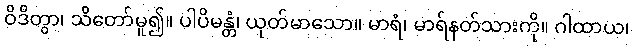
ဝိဒိတွာ၊ သိတော်မူ၍။ ပါပိမန္တံ၊ ယုတ်မာသော။ မာရံ၊ မာရ်နတ်သားကို။ ဂါထာယ၊